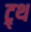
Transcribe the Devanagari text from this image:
ट्र्थ